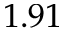
1 . 9 1